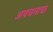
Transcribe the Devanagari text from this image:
अपचनाचा